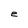
Character: e